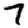
Digit: 7